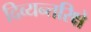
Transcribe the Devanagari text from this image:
दिव्यन्तरिक्षे